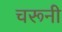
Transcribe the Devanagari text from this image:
चरूनी